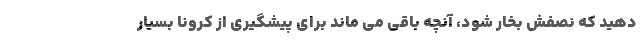
دهید که نصفش بخار شود، آنچه باقی می ماند برای پیشگیری از کرونا بسیار